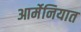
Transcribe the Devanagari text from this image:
आर्मेनियात